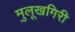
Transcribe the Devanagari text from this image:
मुलूखगिरी